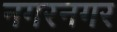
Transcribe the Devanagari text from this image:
नगरनगर